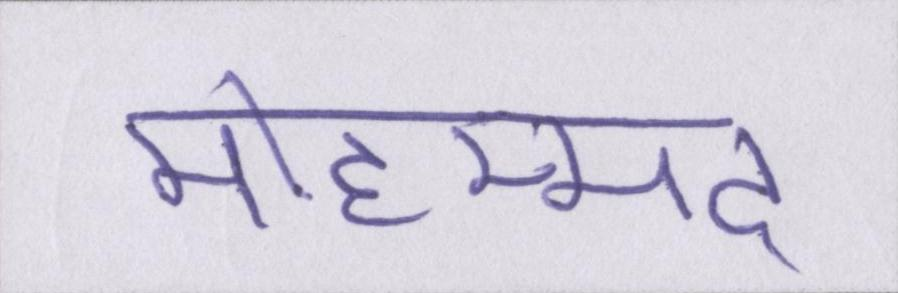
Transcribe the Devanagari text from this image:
मोहम्मद